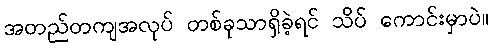
အတည်တကျအလုပ် တစ်ခုသာရှိခဲ့ရင် သိပ် ကောင်းမှာပဲ။